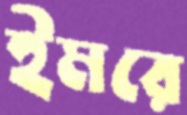
ইমরে